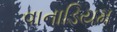
વાનાડિયમ